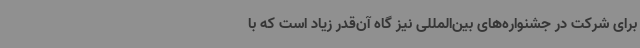
برای شرکت در جشنواره‌های بین‌المللی نیز گاه آن‌قدر زیاد است که با